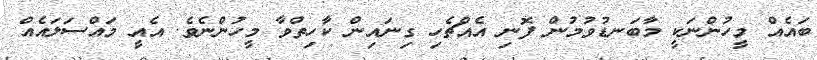
ބައެއް މީހުންނަކީ މާބަނޑުވުމުން ފޮނި އެއްޗެހި ގިނައިން ކާހިތްވާ މީހުންނެވެ. އެއީ މައްސަލައެއް